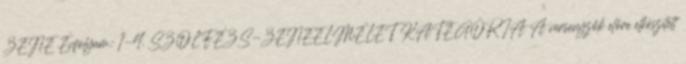
ZENE Évfolyam: 1-4. SZOLFÉZS-ZENEELMÉLET KATEGÓRIA A versenyzők előre elkészített